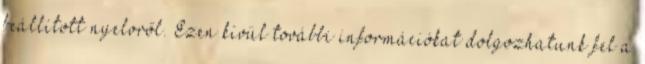
beállított nyelvről. Ezen kívül további információkat dolgozhatunk fel a